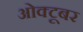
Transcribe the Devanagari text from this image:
ओक्टूबर